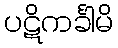
ပဋိကင်္ခါမိ